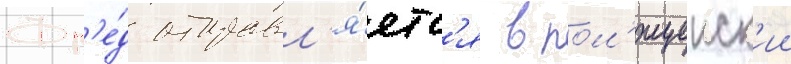
Фр'е́д отправл'я́етс'я в пол'ицеиск'ии